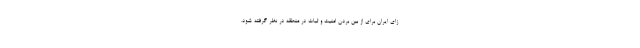
زای ایران برای از بین بردن امنیت و ثبات در منطقه در نظر گرفته شود.